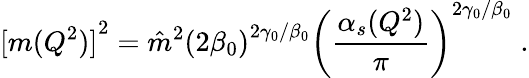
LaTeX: {[m(Q^{2})]}^{2}={\hat{m}}^{2}{(2{\beta}_{0})}^{2{\gamma}_{0}/{\beta}_{0}}{\left(\frac{{\alpha}_{s}(Q^{2})}{\pi}\right)}^{2{\gamma}_{0}/{\beta}_{0}}\; .